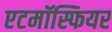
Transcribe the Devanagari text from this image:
एटमॉस्फियर